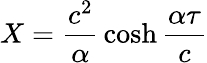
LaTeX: X={\frac{c^{2}}{\alpha}}\cosh{\frac{\alpha\tau}{c}}